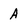
Character: A